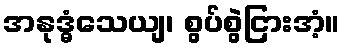
အနုဒ္ဓံသေယျ၊ စွပ်စွဲငြားအံ့။